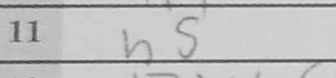
Transcription: h5